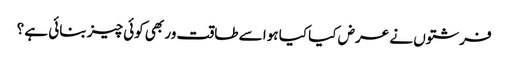
فرشتوں نے عرض کیا کیا ہوا سے طاقت ور بھی کوئی چیز بنائی ہے ؟